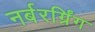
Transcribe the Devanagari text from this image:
नर्बरर्ग्रिंग